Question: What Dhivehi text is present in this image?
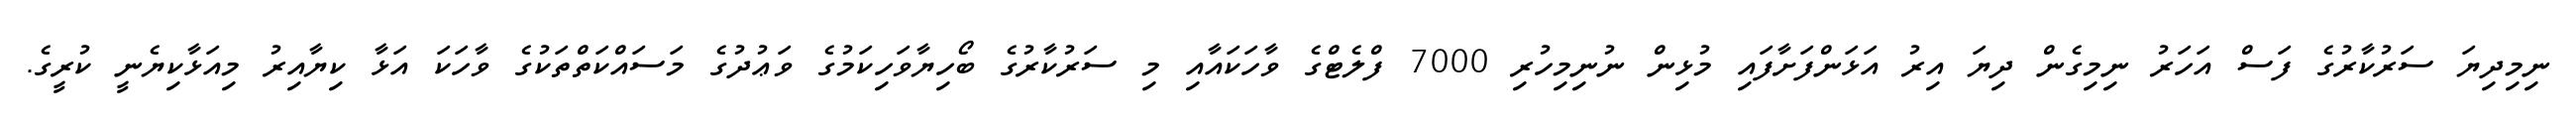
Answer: ނިމިދިޔަ ސަރުކާރުގެ ފަސް އަހަރު ނިމިގެން ދިޔަ އިރު އަޅަންފަށާފައި މުޅިން ނުނިމިހުރި 7000 ފްލެޓްގެ ވާހަކައާއި މި ސަރުކާރުގެ ބޯހިޔާވަހިކަމުގެ ވަޢުދުގެ މަސައްކަތްތަކުގެ ވާހަކަ އަޅާ ކިޔާއިރު މިއަޅާކިޔެނީ ކުރީގެ.